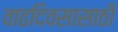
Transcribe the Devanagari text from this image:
वाढदिवसासाठी